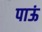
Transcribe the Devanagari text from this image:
पाऊं